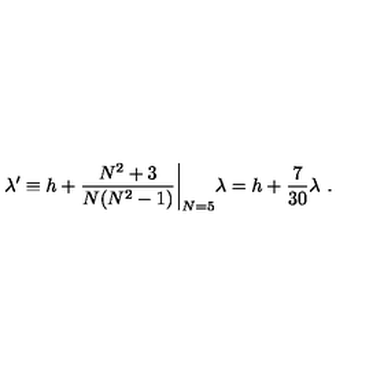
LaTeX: \lambda ^ { \prime } \equiv h + { \frac { N ^ { 2 } + 3 } { N ( N ^ { 2 } - 1 ) } } \biggl | _ { N = 5 } \lambda = h + { \frac { 7 } { 3 0 } } \lambda \ .